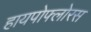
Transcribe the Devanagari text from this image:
हायपोफ्लोरस